Leaving Certificate Examination, 1919
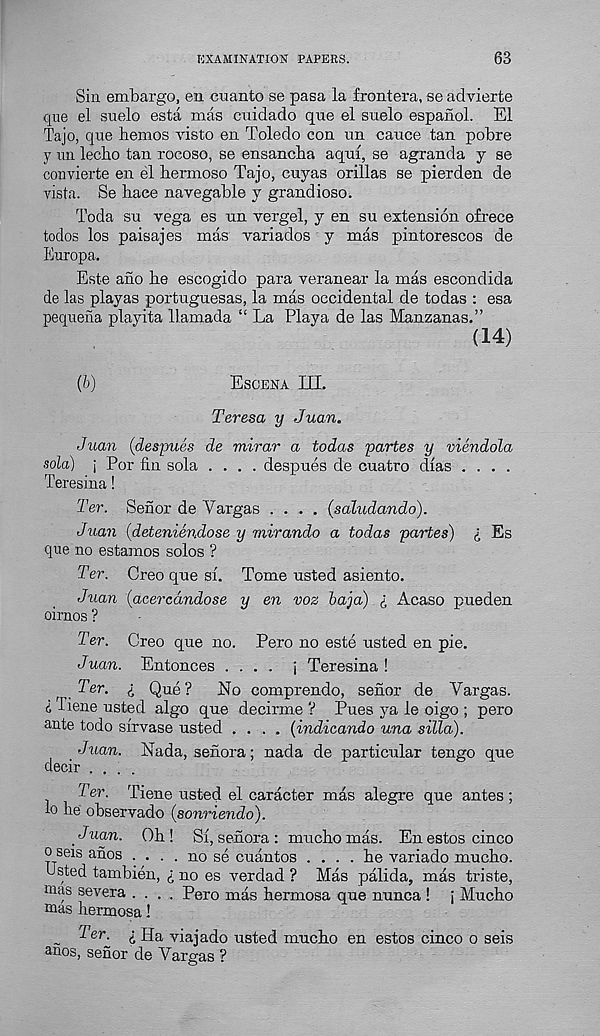
EXAMINATION PAPEES.
63
Sin embargo, en euanto se pasa la frontera, se advierte
que el suelo esta mas cuidado que el suelo espaiiol. El
Tajo, que bemos visto en Toledo con un cauce tan pobre
y un lecho tan rocoso, se ensancha aqm, se agranda y se
convierte en el hermoso Tajo, cuyas orillas se pierden de
vista. Se hace navegable y grandiose.
Toda su vega es un vergel, y en su extension ofrece
todos los paisajes mas variados y mas pintorescos de
Europa.
Este ano be escogido para veranear la mas escondida
de las playas portuguesas, la mas occidental de todas : esa
pequena playita llamada “ La Playa de las Manzanas.”
(14)
(b)
Escena HI.
Teresa y Juan.
Juan (despues de mirar a todas partes y viendola
sola) j Por fin sola .... despues de cnatro dias ....
Teresina!
Ter. Senor de Vargas .... (saludando).
Juan (deteniendose y mirando a todas partes) i Es
que no estamos solos ?
Ter. Oreo qne si. Tome usted asiento.
Juan (acercdndose y en voz baja) £ Acaso pneden
oirnos ?
Ter. Creo que no. Pero no este usted en pie.
Juan. Entonces .... j Teresina !
Ter. i Que?
No comprendo, senor de Vargas,
d liene usted algo que decirme V Pues ya le oigo ; pero
ante todo sirvase usted .... (indicando una silla).
Juan. Nada, senora; nada de particular tengo que
decir ....
Ter. Tiene usted el caracter mas alegre que antes ;
io be observado (sonriendo).
. Juan. Ob ! Si, senora : mucho mas. En estos cinco
o seis anos . . . . no se cuantos .... be variado muebo.
Usted tambien, i no es verdad ? Mas palida, mas triste,
mas severa .... Pero mas bermosa que nunca ! \ Muebo
mas bermosa!
_ 2 er. i Ha viajado usted muebo en estos cinco o seis
unos, senor de Vargas ?